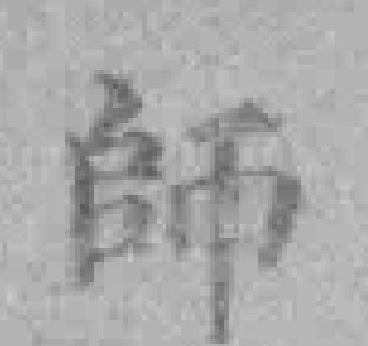
師